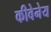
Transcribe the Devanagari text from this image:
कीवेनेय